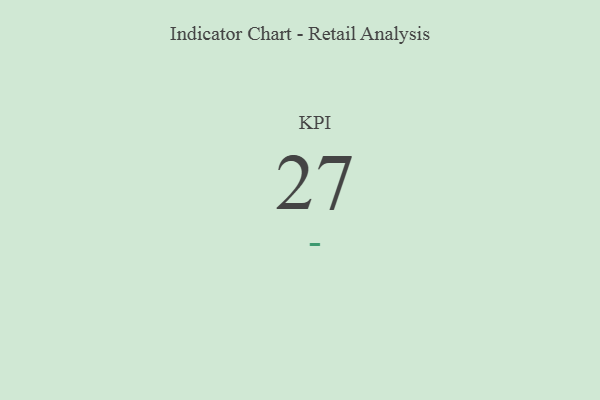
{"axis": {"x": "KPI", "y": "Value"}, "legend": [""], "data": [{"x": "KPI", "y": 27, "type": ""}]}